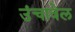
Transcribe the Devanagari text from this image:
उंचावेल